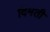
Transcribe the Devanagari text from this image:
दिमंती